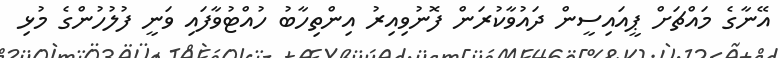
އޭނާގެ މައްޗަށް ޕީއައިސީން ދައުވާކުރަން ފޮނުވިއިރު އިންތިހާބު ހުއްޓުވާފައި ވަނީ ފުލުހުންގެ މުޅި